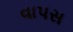
વાપસ